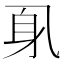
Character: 𲄗